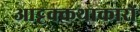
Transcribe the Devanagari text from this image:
आट्टक्कथाकारों